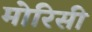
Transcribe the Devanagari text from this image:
मोरिसी